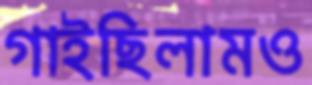
গাইছিলামও